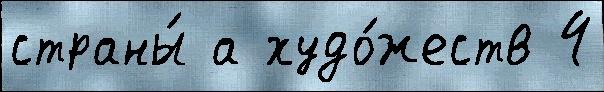
страны́ а худо́жеств 4